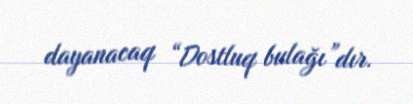
dayanacaq “Dostluq bulağı”dır.